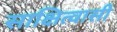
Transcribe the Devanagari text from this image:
साक्षित्वासी